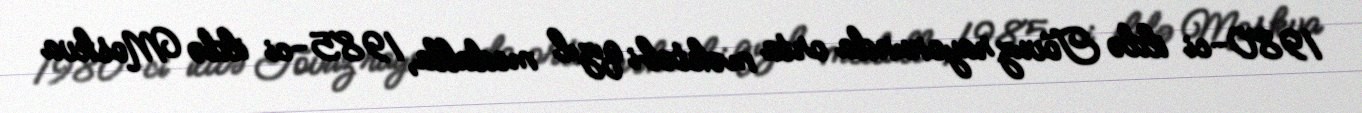
1980-ci ildə Tovuz rayonunda orta məktəbi qızıl medalla, 1985-ci ildə Moskva